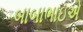
બાબાભાઇએ